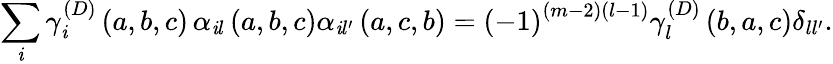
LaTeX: \sum_{\mathit{i}}\gamma_{\mathit{i}}^{\left(D\right)}\left(a,b,c\right)\, \alpha_{\mathit{i}l}\left(a,b,c\right)\alpha_{\mathit{i}l^{\prime}}\left(a,c,b\right)=\left(-1\right)^{\left(m-2\right)\left(l-1\right)}\gamma_{l}^{\left(D\right)}\left(b,a,c\right)\delta_{ll^{\prime}}.